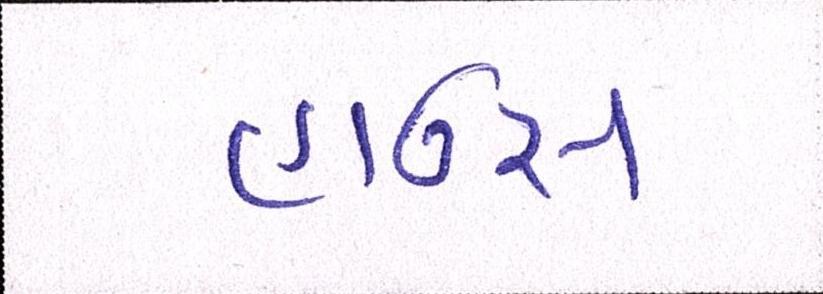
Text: હાઉસ